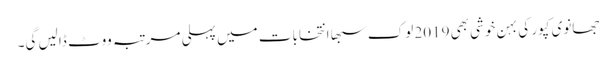
جھانوی کپور کی بہن خوشی بھی 2019 لوک سبھا انتخابات میں پہلی مرتبہ ووٹ ڈالیں گی۔